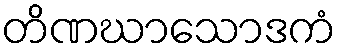
တိဏဃာသောဒကံ